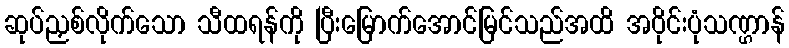
ဆုပ်ညှစ်လိုက်သော သီထရန်ကို ပြီးမြောက်အောင်မြင်သည်အထိ အဝိုင်းပုံသဏ္ဌာန်